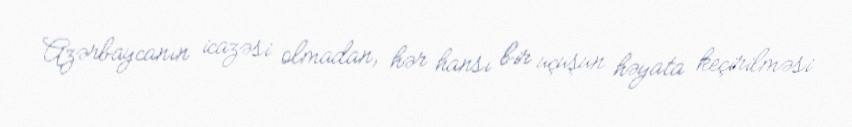
Azərbaycanın icazəsi olmadan, hər hansı bir uçuşun həyata keçirilməsi